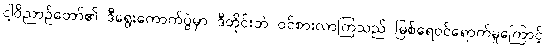
ငါ့ဝိညာဉ်တော်၏ ဒီရွေးကောက်ပွဲမှာ ဒီတိုင်းဘဲ ဝင်စားလာကြသည် မြစ်ရေဝင်ရောက်မှုကြောင့်